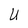
Character: U